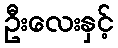
ဦးလေးနှင့်